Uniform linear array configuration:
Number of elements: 48
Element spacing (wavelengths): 0.5
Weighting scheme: exponential
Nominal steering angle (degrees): -30
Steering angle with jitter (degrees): -29.152
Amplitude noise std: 0.05
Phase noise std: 0.05

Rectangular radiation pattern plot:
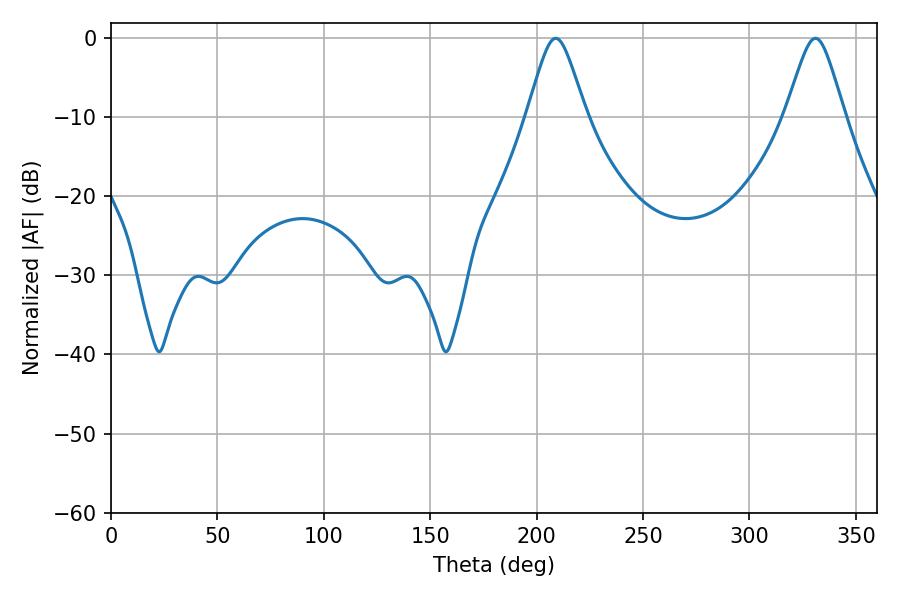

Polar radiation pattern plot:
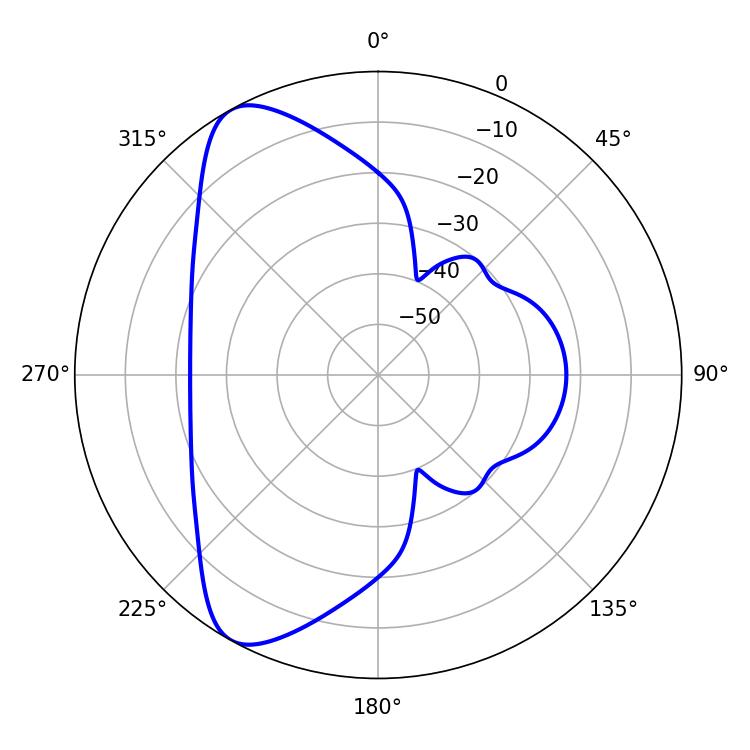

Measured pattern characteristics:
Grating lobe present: FALSE
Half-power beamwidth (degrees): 13.14
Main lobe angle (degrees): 208.98